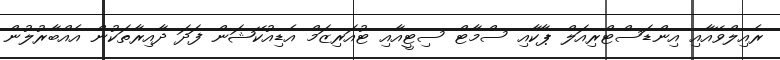
ރެއިލްވޭއާއި އިންޑަސްޓްރިއަލް ޕާކާއި ސްމާޓް ސިޓީއާއި ޓުއަރިޒަމް އެޑިއުކޭޝަން ފަދަ ދާއިރާތަކުން އެއްބާރުލުން